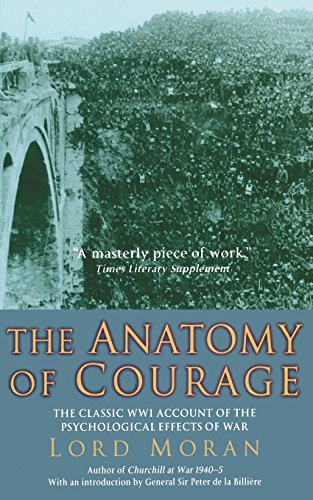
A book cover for The Anatomy of Courage: The Classic WWI Study of the Psychological Effects of War; Lord Moran; Medical Books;